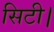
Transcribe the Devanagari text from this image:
सिटी।